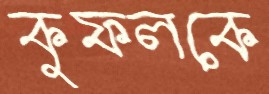
কুফলকে